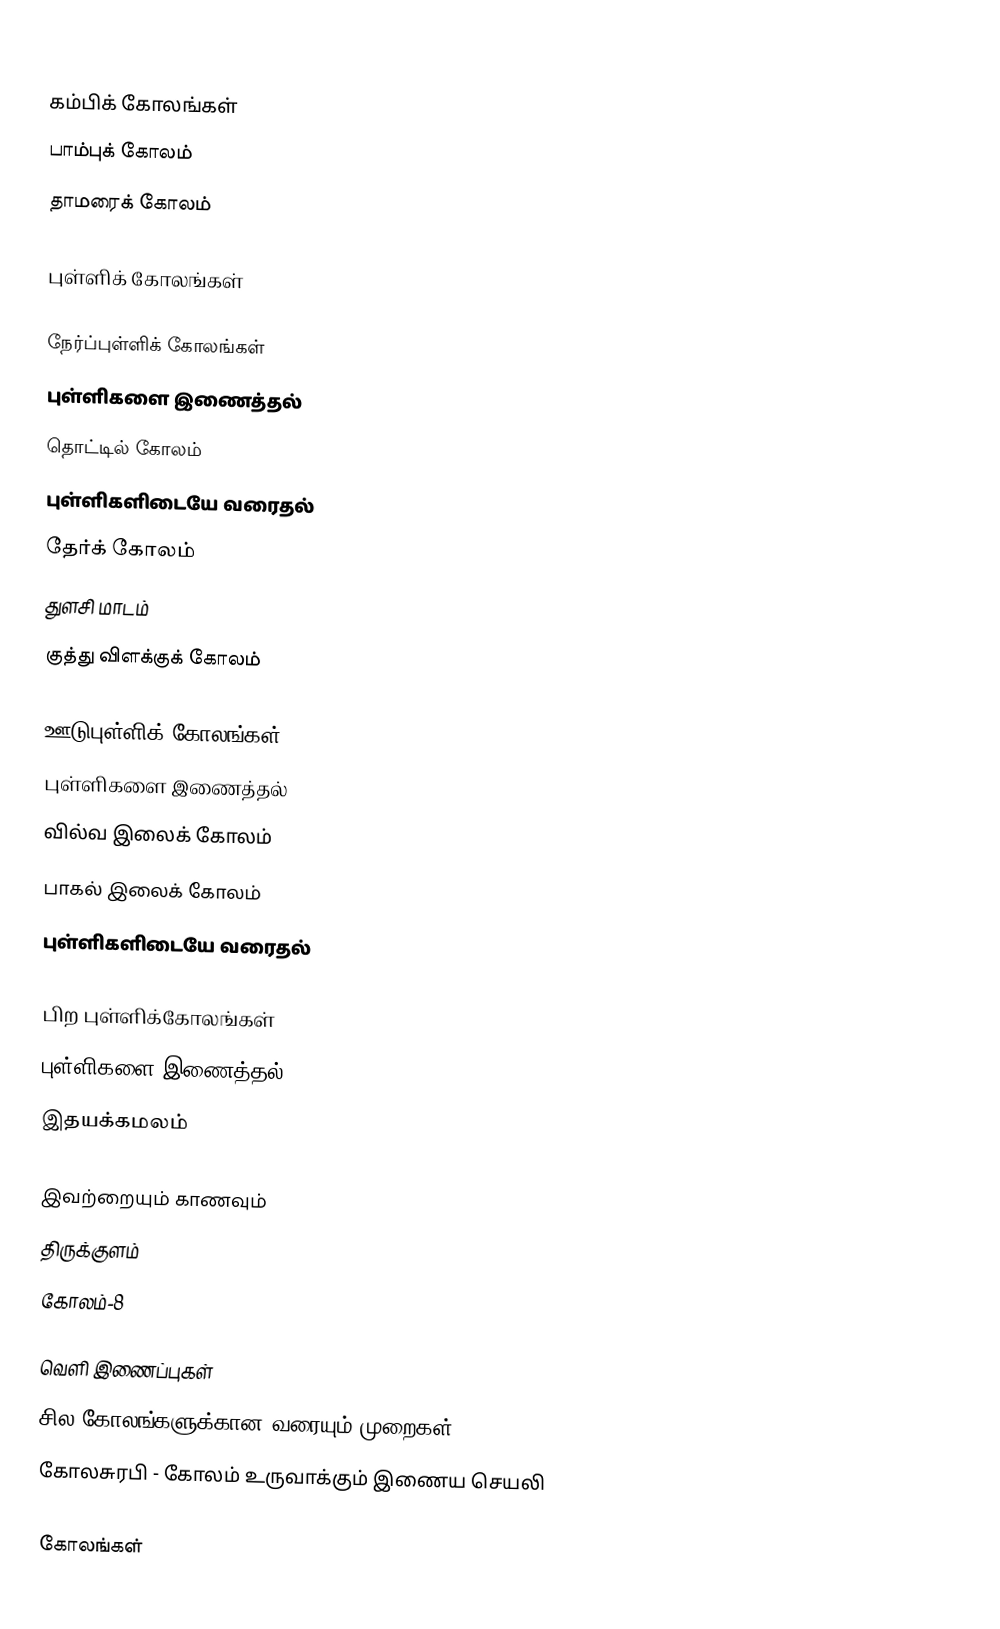

கம்பிக் கோலங்கள்
 பாம்புக் கோலம்
 தாமரைக் கோலம்

புள்ளிக் கோலங்கள்

நேர்ப்புள்ளிக் கோலங்கள்
 புள்ளிகளை இணைத்தல்
 தொட்டில் கோலம்
 புள்ளிகளிடையே வரைதல்
 தேர்க் கோலம்
 துளசி மாடம்
 குத்து விளக்குக் கோலம்

ஊடுபுள்ளிக் கோலங்கள்
 புள்ளிகளை இணைத்தல்
 வில்வ இலைக் கோலம்
 பாகல் இலைக் கோலம்
 புள்ளிகளிடையே வரைதல்

பிற புள்ளிக்கோலங்கள்
புள்ளிகளை இணைத்தல்
 இதயக்கமலம்

இவற்றையும் காணவும்
 திருக்குளம்
 கோலம்-8

வெளி இணைப்புகள்
 சில கோலங்களுக்கான வரையும் முறைகள்
 கோலசுரபி - கோலம் உருவாக்கும் இணைய செயலி

கோலங்கள்